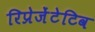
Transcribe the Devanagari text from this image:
रिप्रेजेंटेटिव